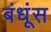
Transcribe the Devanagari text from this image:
बंधूंस